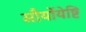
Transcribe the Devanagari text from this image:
सौर्योयेष्टि